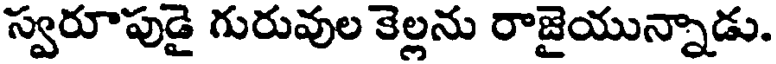
స్వరూపుడై గురువుల కెల్లను రాజైయున్నాడు.